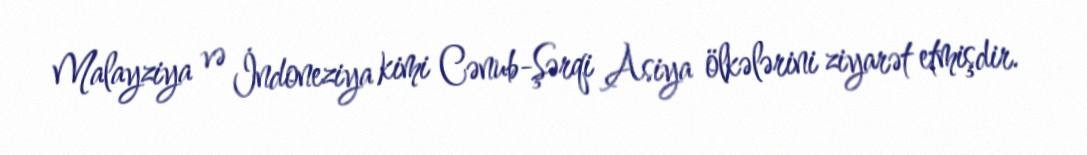
Malayziya və İndoneziya kimi Cənub-Şərqi Asiya ölkələrini ziyarət etmişdir.